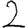
Digit: 2